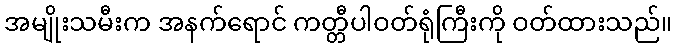
အမျိုးသမီးက အနက်ရောင် ကတ္တီပါဝတ်ရုံကြီးကို ဝတ်ထားသည်။